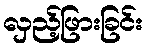
လှည့်ဖြားခြင်း